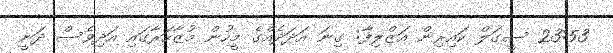
23:53 ސީގަލް ކައިރިން އަޒްލިފާ: ގިނަ އަދަދެއްގެ މީހުން މުޒާހަރާގައި އަދިވެސް ދަނީ